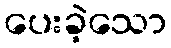
ပေးခဲ့သော